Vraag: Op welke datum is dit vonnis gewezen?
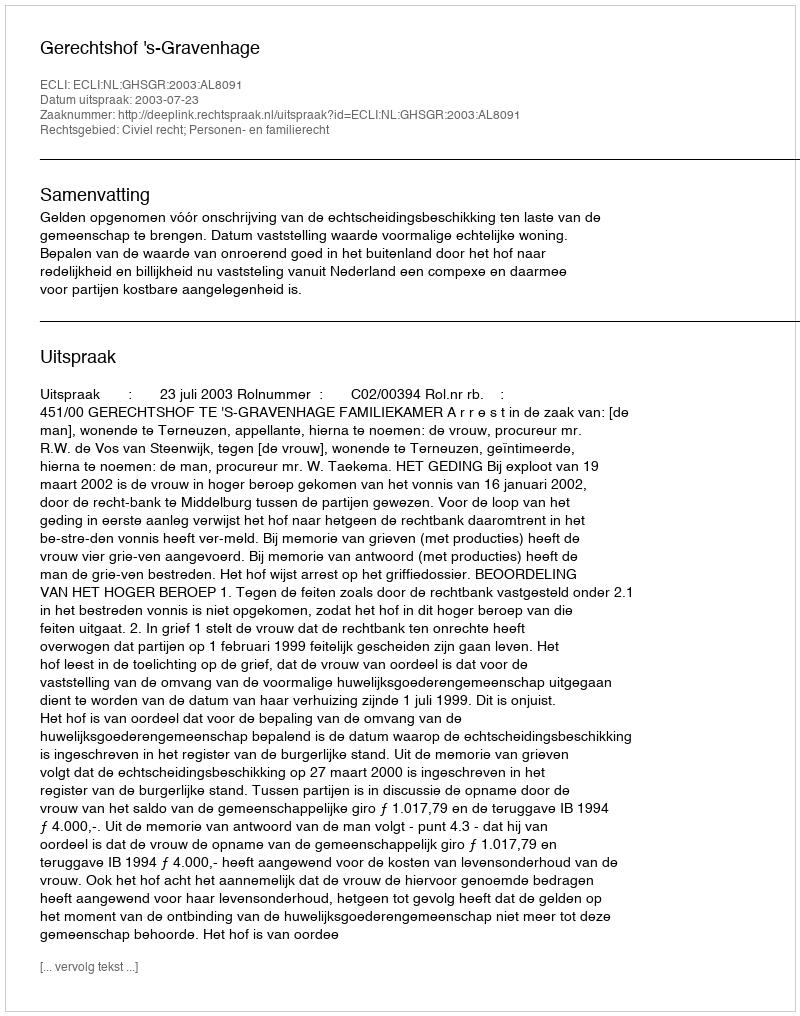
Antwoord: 2003-07-23